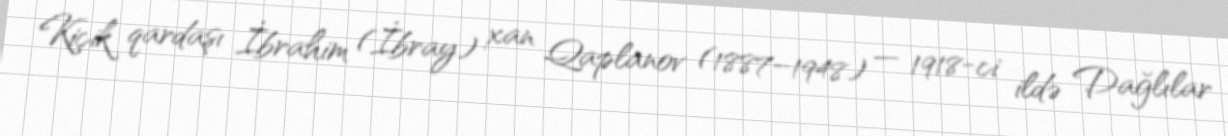
Kiçik qardaşı İbrahim (İbray) xan Qaplanov (1887–1948) — 1918-ci ildə Dağlılar